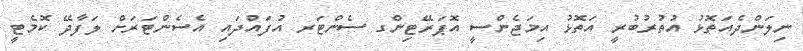
ނިލަންދެއަތޮޅު އުތުރުބުރީ އަތޮޅު އިމަޖެންސީ އޮޕަރޭޓިންގ ސެންޓަރ އުފައްދައި އެސެންޓަރަށް ލަފާދޭ ކޮމެޓީ